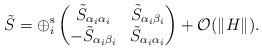
LaTeX: \begin{align*} \tilde{S} = \oplus^{\operatorname{s}}_i \begin{pmatrix} \tilde{S}_{\alpha_i \alpha_i} & \tilde{S}_{\alpha_i \beta_i} \\ -\tilde{S}_{\alpha_i \beta_i} & \tilde{S}_{\alpha_i \alpha_i} \end{pmatrix}+\mathcal{O}(\|H\|).\end{align*}